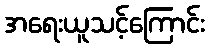
အရေးယူသင့်ကြောင်း